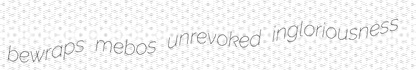
bewraps mebos unrevoked ingloriousness